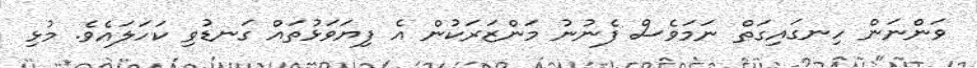
ވަންނަން ހިނގައިގަތް ނަމަވެސް ފެނުނު މަންޒަރަކުން އެ ފިޔަވަޅުތައް ގަނޑުވި ކަހަލައެވެ. މުޅި